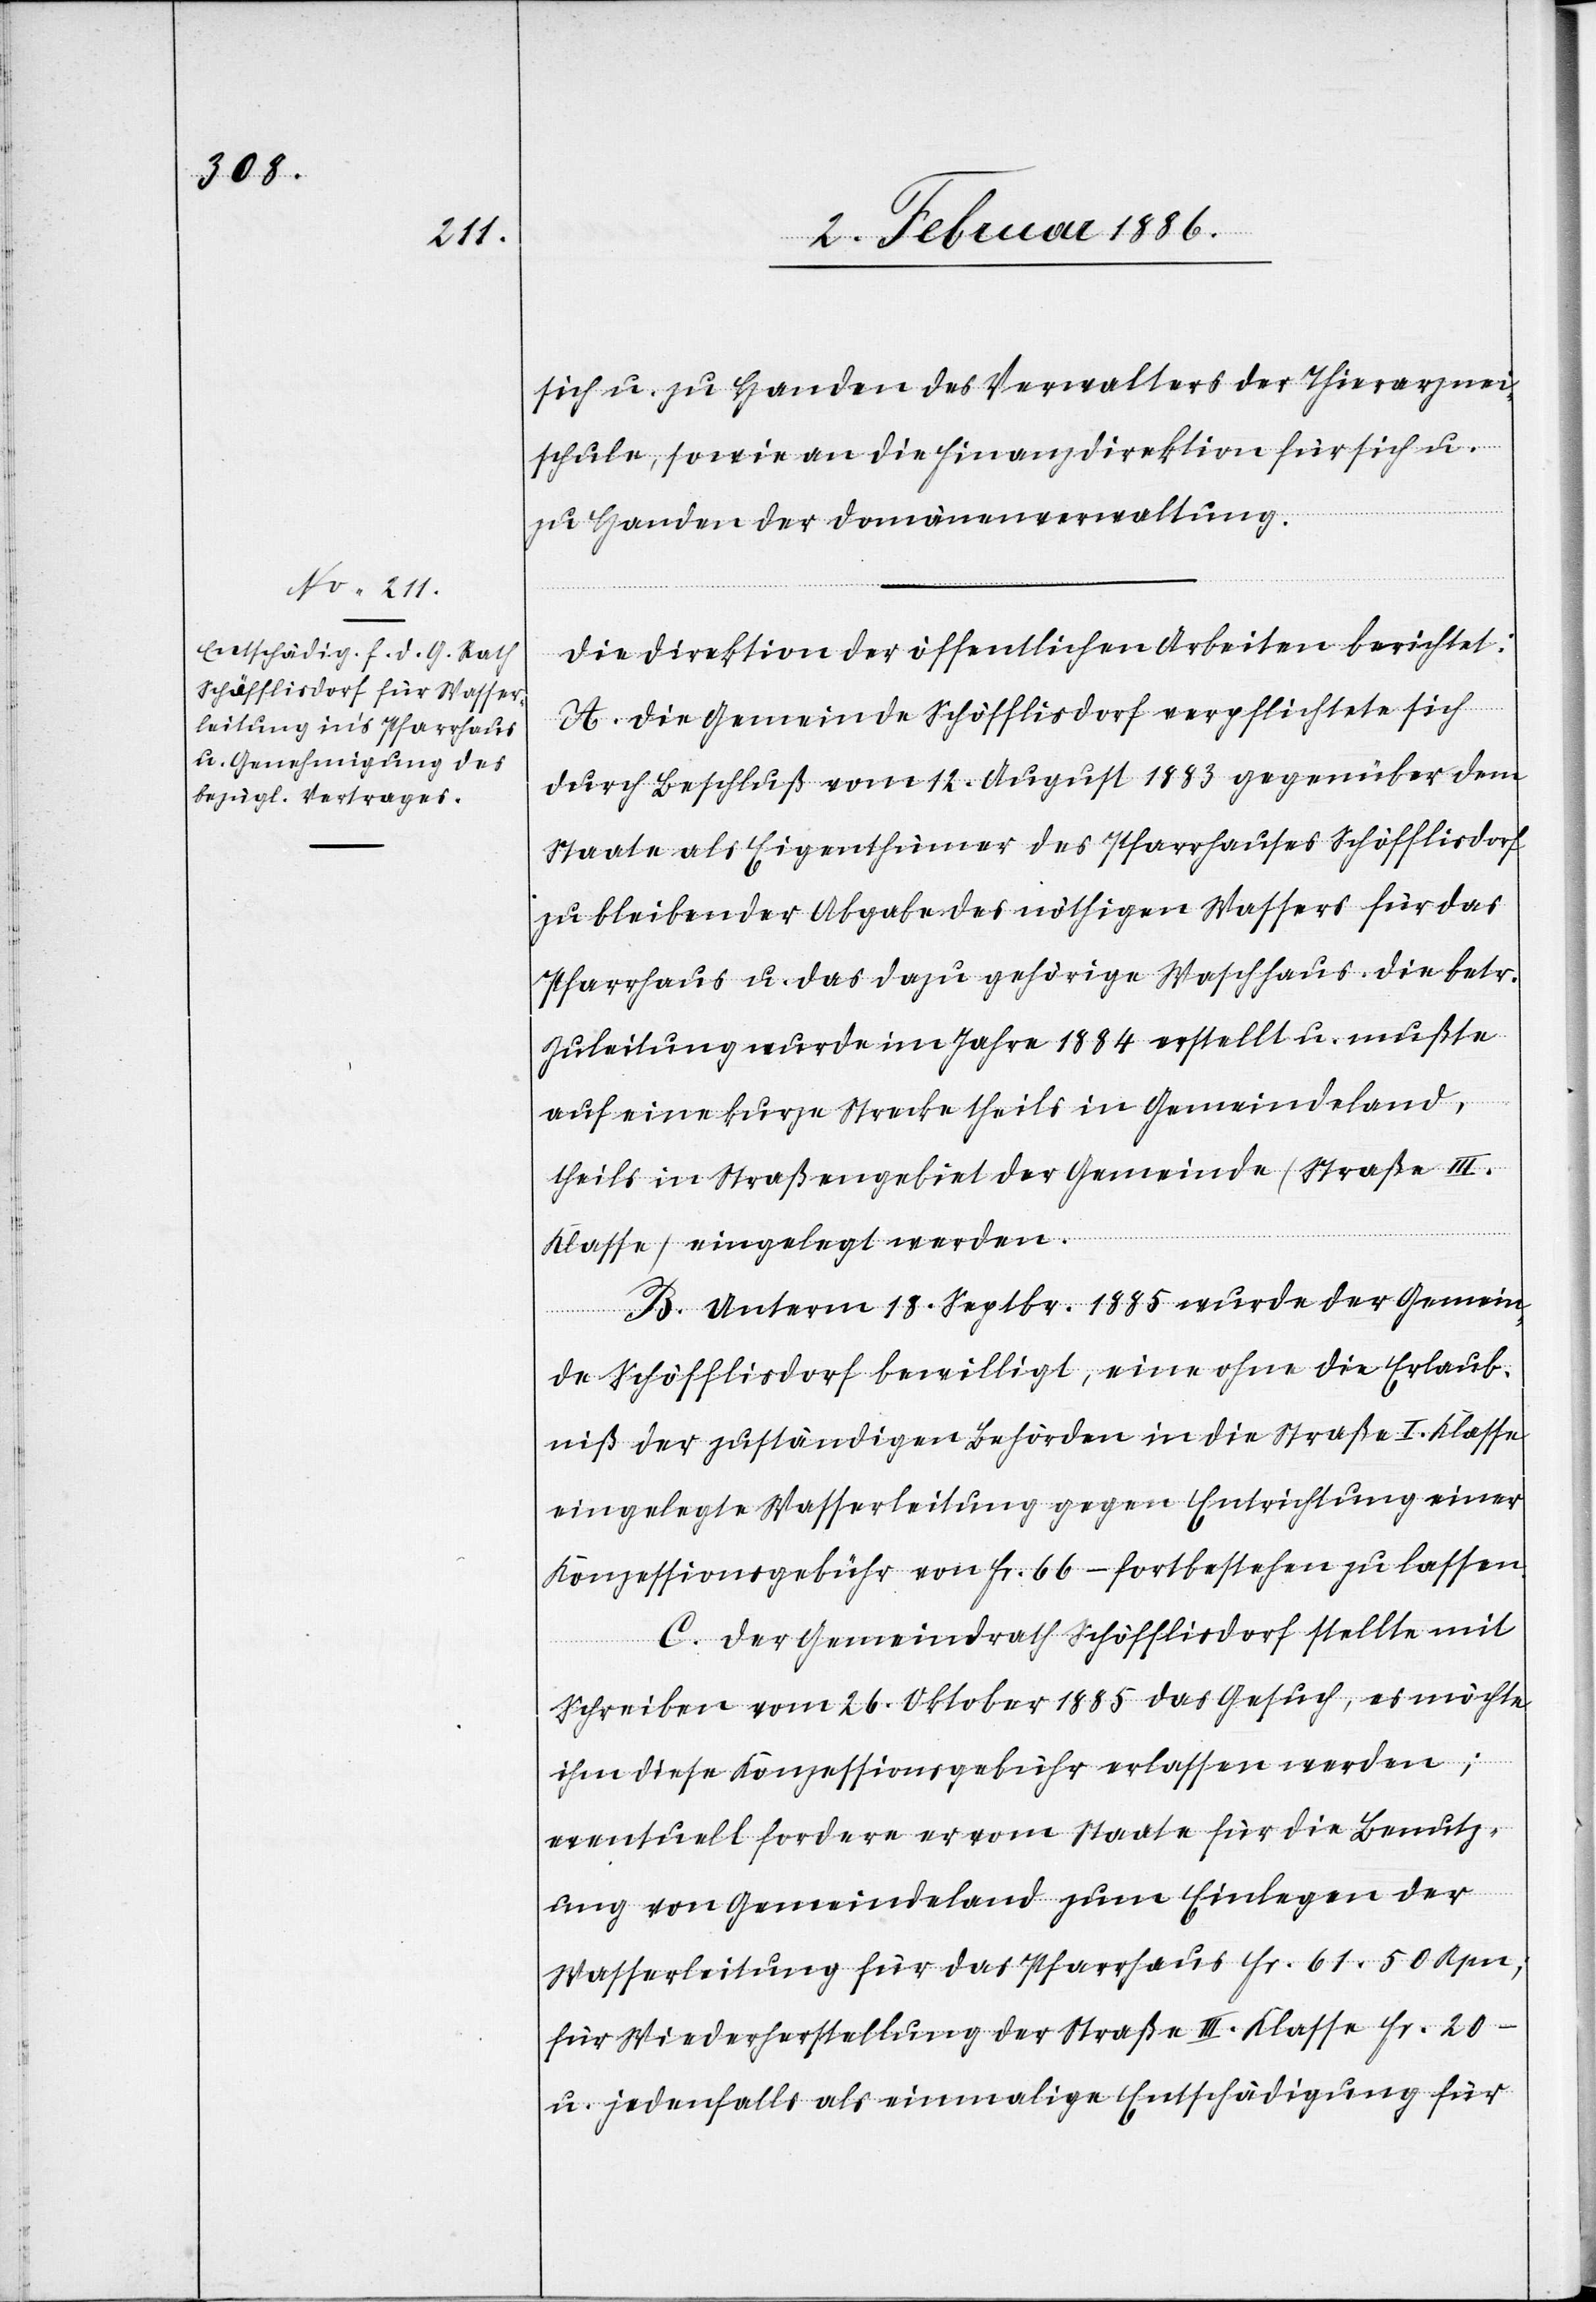
sich u. zu Handen des Verwalters der Thierarznei¬
schule, sowie an die Finanzdirektion für sich u.
zu Handen der Domänenverwaltung.
Die Direktion der öffentlichen Arbeiten berichtet:
A. Die Gemeinde Schöfflisdorf verpflichtet sich
durch Beschluß vom 12. August 1883 gegenüber dem
Staate als Eigenthümer des Pfarrhauses Schöfflisdorf
zu bleibender Abgabe des nöthigen Wassers für das
Pfarrhaus u. das dazu gehörige Waschhaus. Die betr.
Zuleitung wurde im Jahr 1884 erstellt u. mußte
auf eine kurze Strecke theils in Gemeindeland,
theils in Straßengebiet der Gemeinde (Straße III.
Klasse) eingelegt werden.
B. Unterm 18. Septbr. 1885 wurde der Gemein¬
de Schöfflisdorf bewilligt, eine ohne die Erlaub¬
niß der zuständigen Behörden in die Straße I. Klasse
eingelegte Wasserleitung gegen Entrichtung einer
Konzessionsgebühr von Fr. 66.– fortbestehen zu lassen.
C. Der Gemeindrath Schöfflisdorf stellte mit
Schreiben vom 26. Oktober 1885 das Gesuch, es möchte
ihm diese Konzessionsgebühr erlassen werden;
eventuell fordere er vom Staate für die Benutz¬
ung von Gemeindeland zum Einlegen der
Wasserleitung für das Pfarrhaus Fr. 61 50 Rpn.;
für Wiederherstellung der Straße III. Klasse Fr. 20.–
u. jedenfalls als einmalige Entschädigung für